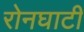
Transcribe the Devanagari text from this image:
रोनघाटी